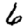
Digit: 6